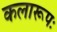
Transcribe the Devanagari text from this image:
कलारूपः